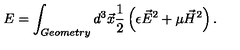
E = \int _ { G e o m e t r y } d ^ { 3 } \vec { x } \frac { 1 } { 2 } \left( \epsilon \vec { E } ^ { 2 } + \mu \vec { H } ^ { 2 } \right) .